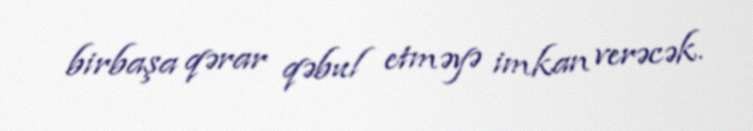
birbaşa qərar qəbul etməyə imkan verəcək.